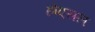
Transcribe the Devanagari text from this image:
होएसल